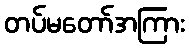
တပ်မတော်အကြား